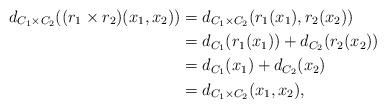
LaTeX: \begin{align*}d_{C_1 \times C_2}((r_1 \times r_2)(x_1,x_2)) &= d_{C_1 \times C_2}(r_1(x_1),r_2(x_2))\\&= d_{C_1}(r_1(x_1)) + d_{C_2}(r_2(x_2))\\&= d_{C_1}(x_1) + d_{C_2}(x_2)\\&= d_{C_1 \times C_2}(x_1,x_2),\end{align*}